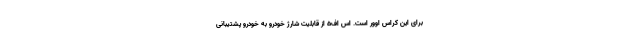
برای این کراس اوور است. اس اف5 از قابلیت شارژ خودرو به خودرو پشتیبانی